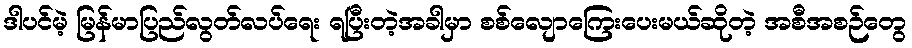
ဒါပင်မဲ့ မြန်မာပြည်လွတ်လပ်ရေး ရပြီးတဲ့အခါမှာ စစ်လျောကြေးပေးမယ်ဆိုတဲ့ အစီအစဉ်တွေ